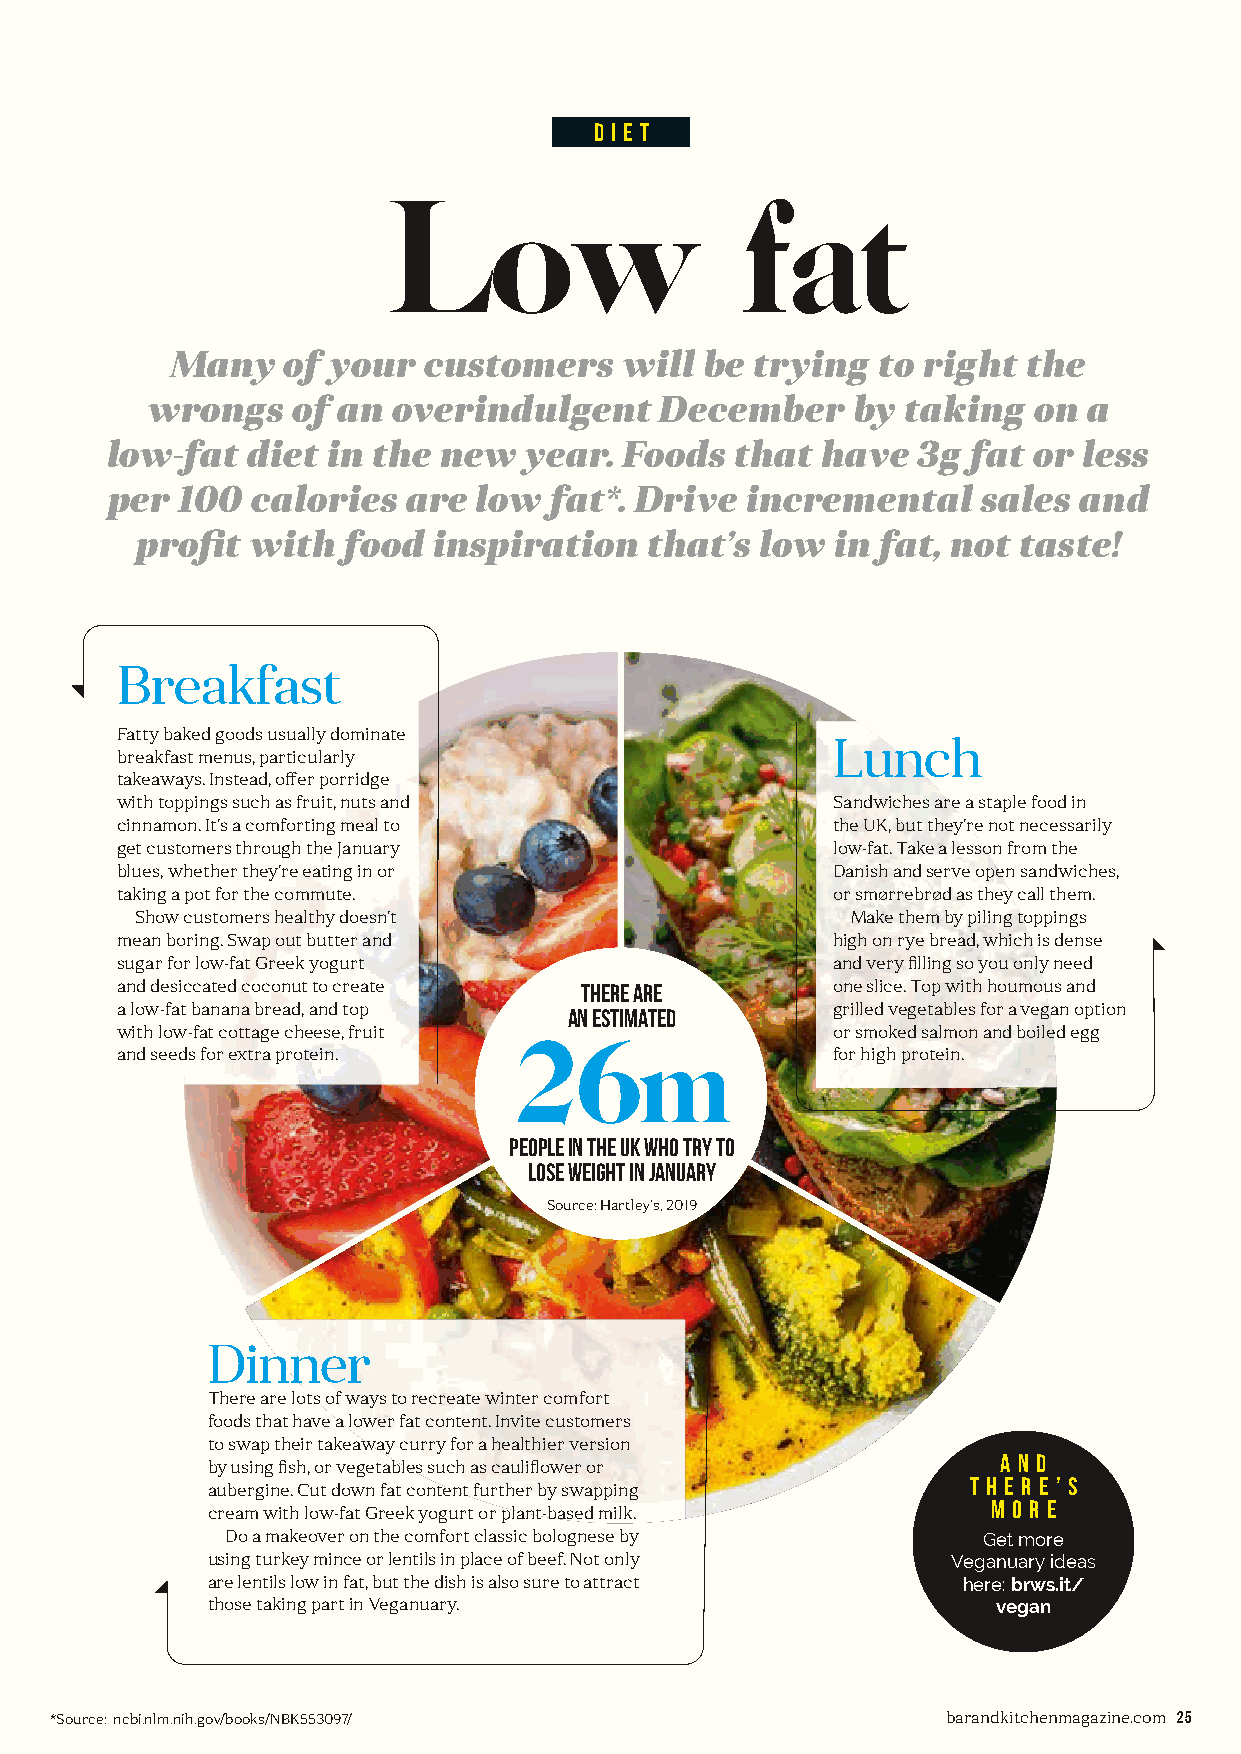
d i e t
 Low                    fat
 Many    of your  customers    will  be trying  to right  the
 wrongs   of  an overindulgent     December     by taking   on a
 low-fat  diet  in the new   year. Foods   that have   3g fat or  less
 per  100  calories  are  low  fat*. Drive incremental     sales  and
 profi t with  food  inspiration   that’s low  in fat, not  taste!
 Breakfast
 Fatty baked goods usually dominate
 Lunch
 breakfast menus, particularly
 takeaways. Instead, off er porridge
 with toppings such as fruit, nuts and          Sandwiches are a staple food in
 cinnamon. It’s a comforting meal to            the UK, but they’re not necessarily
 get customers through the January              low-fat. Take a lesson from the
 blues, whether they’re eating in or            Danish and serve open sandwiches,
 taking a pot for the commute.                  or smørrebrød as they call them.
 Show customers healthy doesn’t                  Make them by piling toppings
 mean boring. Swap out butter and               high on rye bread, which is dense
 sugar for low-fat Greek yogurt                 and very fi lling so you only need
 and desiccated coconut to create THERE ARE     one slice. Top with houmous and
 a low-fat banana bread, and top an estimated   grilled vegetables for a vegan option
 with low-fat cottage cheese, fruit 26m         or smoked salmon and boiled egg
 and seeds for extra protein.                   for high protein.
 people in the UK who try to
 lose weight in January
 Source: Hartley’s, 2019
 Dinner
 There are lots of ways to recreate winter comfort
 foods that have a lower fat content. Invite customers
 to swap their takeaway curry for a healthier version
 a n d
 by using fi sh, or vegetables such as caulifl ower or
 t h e r E ’ s
 aubergine. Cut down fat content further by swapping
 m o r e
 cream with low-fat Greek yogurt or plant-based milk.
 Do a makeover on the comfort classic bolognese by Get more
 using turkey mince or lentils in place of beef. Not only Veganuary ideas
 are lentils low in fat, but the dish is also sure to attract here: brws.it/
 those taking part in Veganuary.                     vegan
 *Source: ncbi.nlm.nih.gov/books/NBK553097/                 barandkitchenmagazine.com 25
 BB&&KK--iissssuuee--0088--pp2244--2255--LLoowwFFaattSSppeecciiaallDDiieett__vv44 SSUUBB..iinndddd 2255 1122//1100//22002211 1144::3377